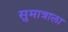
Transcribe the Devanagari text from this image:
सुमात्राला